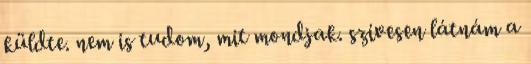
küldte. nem is tudom, mit mondjak. szívesen látnám a